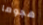
هجوما